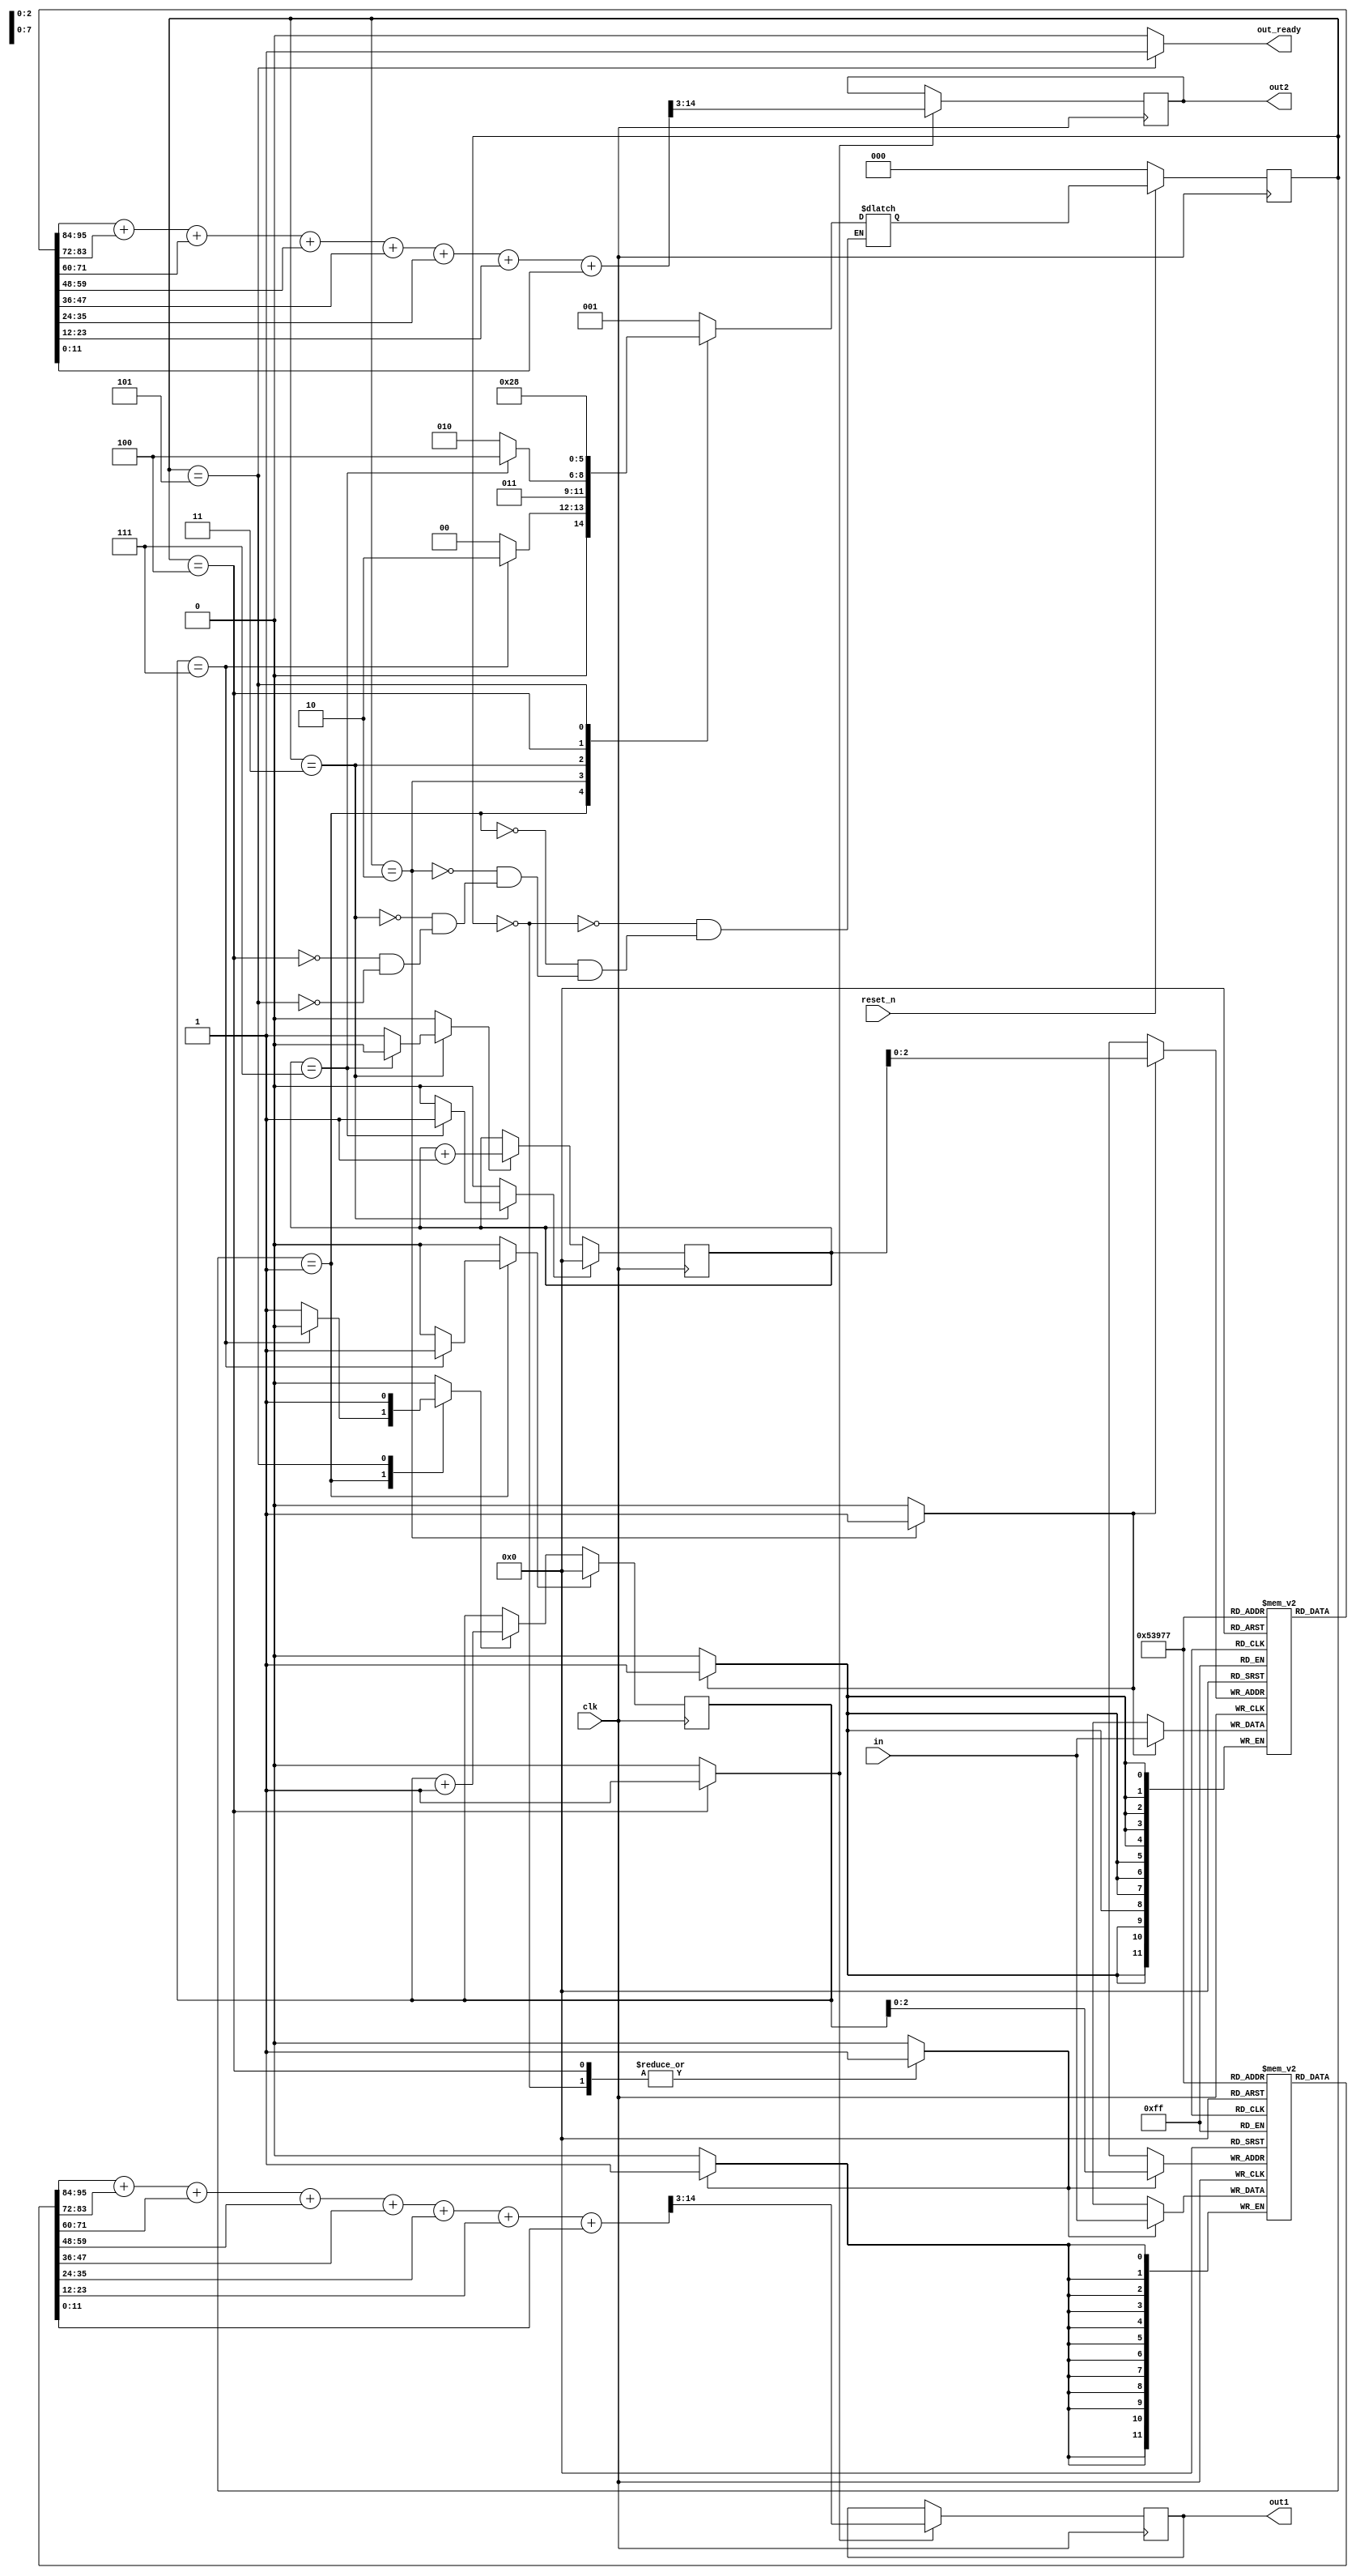
module Average_Filter(
	input [11:0] in,
	input clk,
	input reset_n,
	output reg out_ready,
	output reg [11:0] out1,
	output reg [11:0] out2
	);
	
	localparam s0 = 3'b000;
	localparam s1 = 3'b001;
	localparam s2 = 3'b010;
	localparam s3 = 3'b011;
	localparam s4 = 3'b100;
	localparam s5 = 3'b101;
	localparam s6 = 3'b110;
	localparam s7 = 3'b111;
	reg [2:0] nextState, state;
	reg [11:0] sample_array1 [7:0];
	reg [11:0] sample_array2 [7:0];
	reg [7:0] counter1, counter2;
	reg inc_count1, inc_count2, reset_count1, reset_count2, compute_avg,
			update_array1, update_array2;
	reg [14:0] temp;
	initial begin
		counter1 = 0;
		counter2 = 0;
		state = 0;
	end
	
	always @ (posedge clk) begin
		if(!reset_n) begin
			state <= s0;
		end
		else begin
			state <= nextState;
		end
	end
	
	always @ (posedge clk) begin
		if(inc_count1) begin
			counter1 <= counter1 + 1;
		end
		
		if(inc_count2) begin
			counter2 <= counter2 + 1;
		end
		
		if(reset_count1) begin
			counter1 <= 0;
		end
		
		if(reset_count2) begin
			counter2 <= 0;
		end
		
		if(compute_avg) begin
			temp = sample_array1[0] + sample_array1[1] + sample_array1[2] + sample_array1[3] + sample_array1[4] + 
					 sample_array1[5] + sample_array1[6] + sample_array1[7];
			out1 = temp >> 3;
			
			temp = sample_array2[0] + sample_array2[1] + sample_array2[2] + sample_array2[3] + sample_array2[4] + 
					 sample_array2[5] + sample_array2[6] + sample_array2[7];
			out2 = temp >> 3;
		end
		
		if(update_array1) begin
			sample_array1[counter1[2:0]] <= in;
		end
		
		if(update_array2) begin
			sample_array2[counter2[2:0]] <= in;
		end
	end
	
	always @ * begin
		inc_count1 = 0; inc_count2 = 0; reset_count1 = 0; reset_count2 = 0; out_ready = 0; compute_avg = 0;
		update_array1 = 0; update_array2 = 0;
		
		case(state)
			s0: begin
				update_array1 = 1;
				nextState = s1;
			end
			
			s1: begin
				if(counter1 == 7) begin
					reset_count1 = 1;
					nextState = s2;
				end else begin
					inc_count1 = 1;
					nextState = s0;
				end
			end
			
			s2: begin
				update_array2 = 1;
				nextState = s3;
			end
			
			s3: begin
				if(counter2 == 7) begin
					reset_count2 = 1;
					nextState = s4;
				end else begin
					inc_count2 = 1;
					nextState = s2;
				end
			end
			
			s4: begin
				update_array1 = 1;
				compute_avg = 1;
				nextState = s5;
			end
			
			s5: begin
				inc_count1 = 1;
				out_ready = 1;
				nextState = s0;
			end
		endcase
	end
endmodule